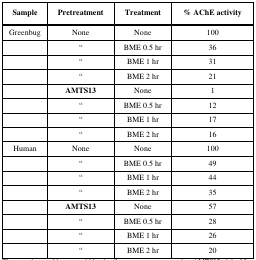
<table><thead><tr><td><b>Sample</b></td><td><b>Pretreatment</b></td><td><b>Treatment</b></td><td><b>% AChE activity</b></td></tr></thead><tbody><tr><td>Greenbug</td><td>None</td><td>None</td><td>100</td></tr><tr><td></td><td>“</td><td>BME 0.5 hr</td><td>36</td></tr><tr><td></td><td>“</td><td>BME 1 hr</td><td>31</td></tr><tr><td></td><td>“</td><td>BME 2 hr</td><td>21</td></tr><tr><td></td><td><b>AMTS13</b></td><td>None</td><td>1</td></tr><tr><td></td><td>“</td><td>BME 0.5 hr</td><td>12</td></tr><tr><td></td><td>“</td><td>BME 1 hr</td><td>17</td></tr><tr><td></td><td>“</td><td>BME 2 hr</td><td>16</td></tr><tr><td>Human</td><td>None</td><td>None</td><td>100</td></tr><tr><td></td><td>“</td><td>BME 0.5 hr</td><td>49</td></tr><tr><td></td><td>“</td><td>BME 1 hr</td><td>44</td></tr><tr><td></td><td>“</td><td>BME 2 hr</td><td>35</td></tr><tr><td></td><td><b>AMTS13</b></td><td>None</td><td>57</td></tr><tr><td></td><td>“</td><td>BME 0.5 hr</td><td>28</td></tr><tr><td></td><td>“</td><td>BME 1 hr</td><td>26</td></tr><tr><td></td><td>“</td><td>BME 2 hr</td><td>20</td></tr></tbody></table>